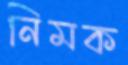
নিমক